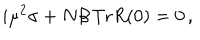
i \mu ^ { 2 } \sigma + N \beta \, \mathrm { T r } R ( 0 ) = 0 \, ,